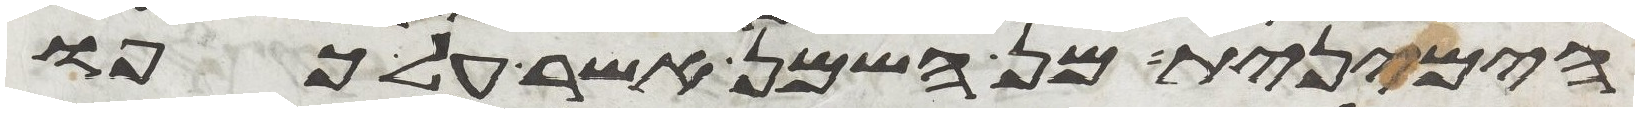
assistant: הימנית מן השמן אשר על כפו